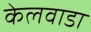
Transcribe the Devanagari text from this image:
केलवाडा